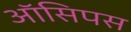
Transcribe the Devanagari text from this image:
ऑसिपस